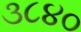
૩૮૪૦